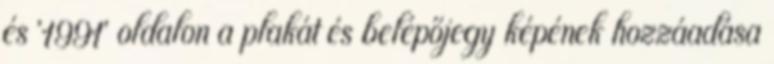
és '1991' oldalon a plakát és belépőjegy képének hozzáadása